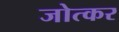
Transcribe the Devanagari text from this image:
जोत्कर